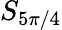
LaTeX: S_{5\pi/4}